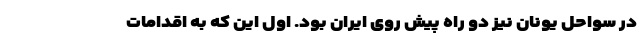
در سواحل یونان نیز دو راه پیش روی ایران بود. اول این که به اقدامات